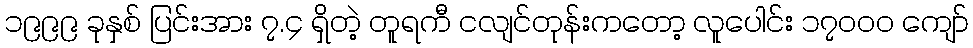
၁၉၉၉ ခုနှစ် ပြင်းအား ၇.၄ ရှိတဲ့ တူရကီ ငလျင်တုန်းကတော့ လူပေါင်း ၁၇၀၀၀ ကျော်